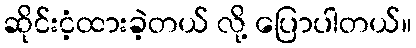
ဆိုင်းငံ့ထားခဲ့တယ် လို့ ပြောပါတယ်။